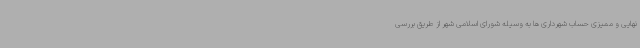
نهایی و ممیزی حساب شهرداری ها به وسیله شورای اسلامی شهر از طریق بررسی